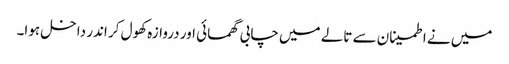
میں نے اطمینان سے تالے میں چابی گھمائی اور دروازہ کھول کر اندر داخل ہوا۔